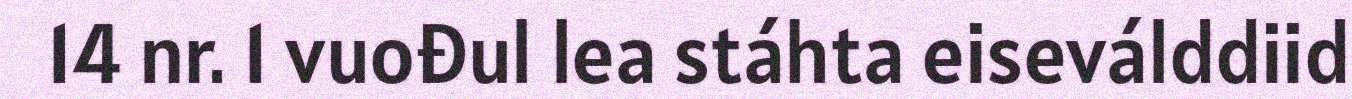
14 nr. 1 vuođul lea stáhta eiseválddiid